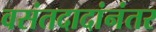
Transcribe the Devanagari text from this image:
वसंतदादांनंतर